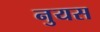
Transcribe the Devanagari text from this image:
नुयस